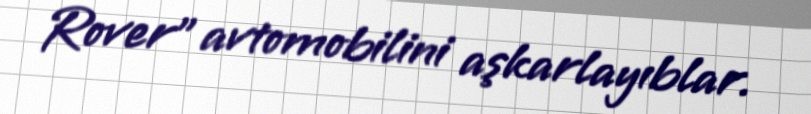
Rover” avtomobilini aşkarlayıblar.